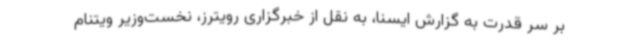
بر سر قدرت به گزارش ایسنا، به نقل از خبرگزاری رویترز، نخست‌وزیر ویتنام